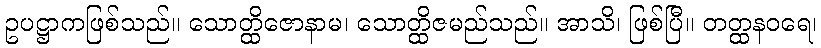
ဥပဋ္ဌာကဖြစ်သည်။ သောတ္ထိဇောနာမ၊ သောတ္ထိဇမည်သည်။ အာသိ၊ ဖြစ်ပြီ။ တတ္ထနဝရေ၊